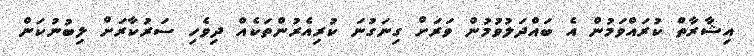
އިޝާރާތް ކުރައްވަމުން އެ ބައްދަލުވުމުން ވަރަށް ގިނަގުނަ ކުރިއެރުންތަކެއް ދިވެހި ސަރުކާރަށް ލިބުނުކަން